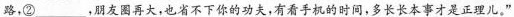
路，②___，朋友圈再大，也省不下你的功夫，有看手机的时间，多长长本事才是正理儿。”